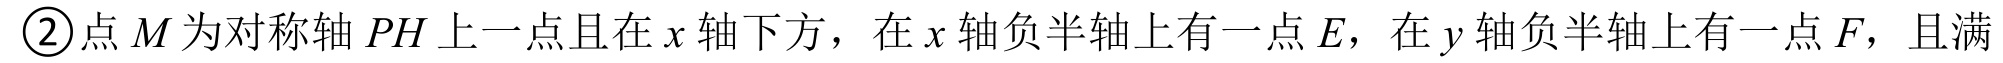
\textcircled{2}点\(M\)为对称轴\(PH\)上一点且在\(x\)轴下方，在\(x\)轴负半轴上有一点\(E\)，在\(y\)轴负半轴上有一点\(F\)，且满